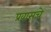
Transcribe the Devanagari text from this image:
प्रवासचे